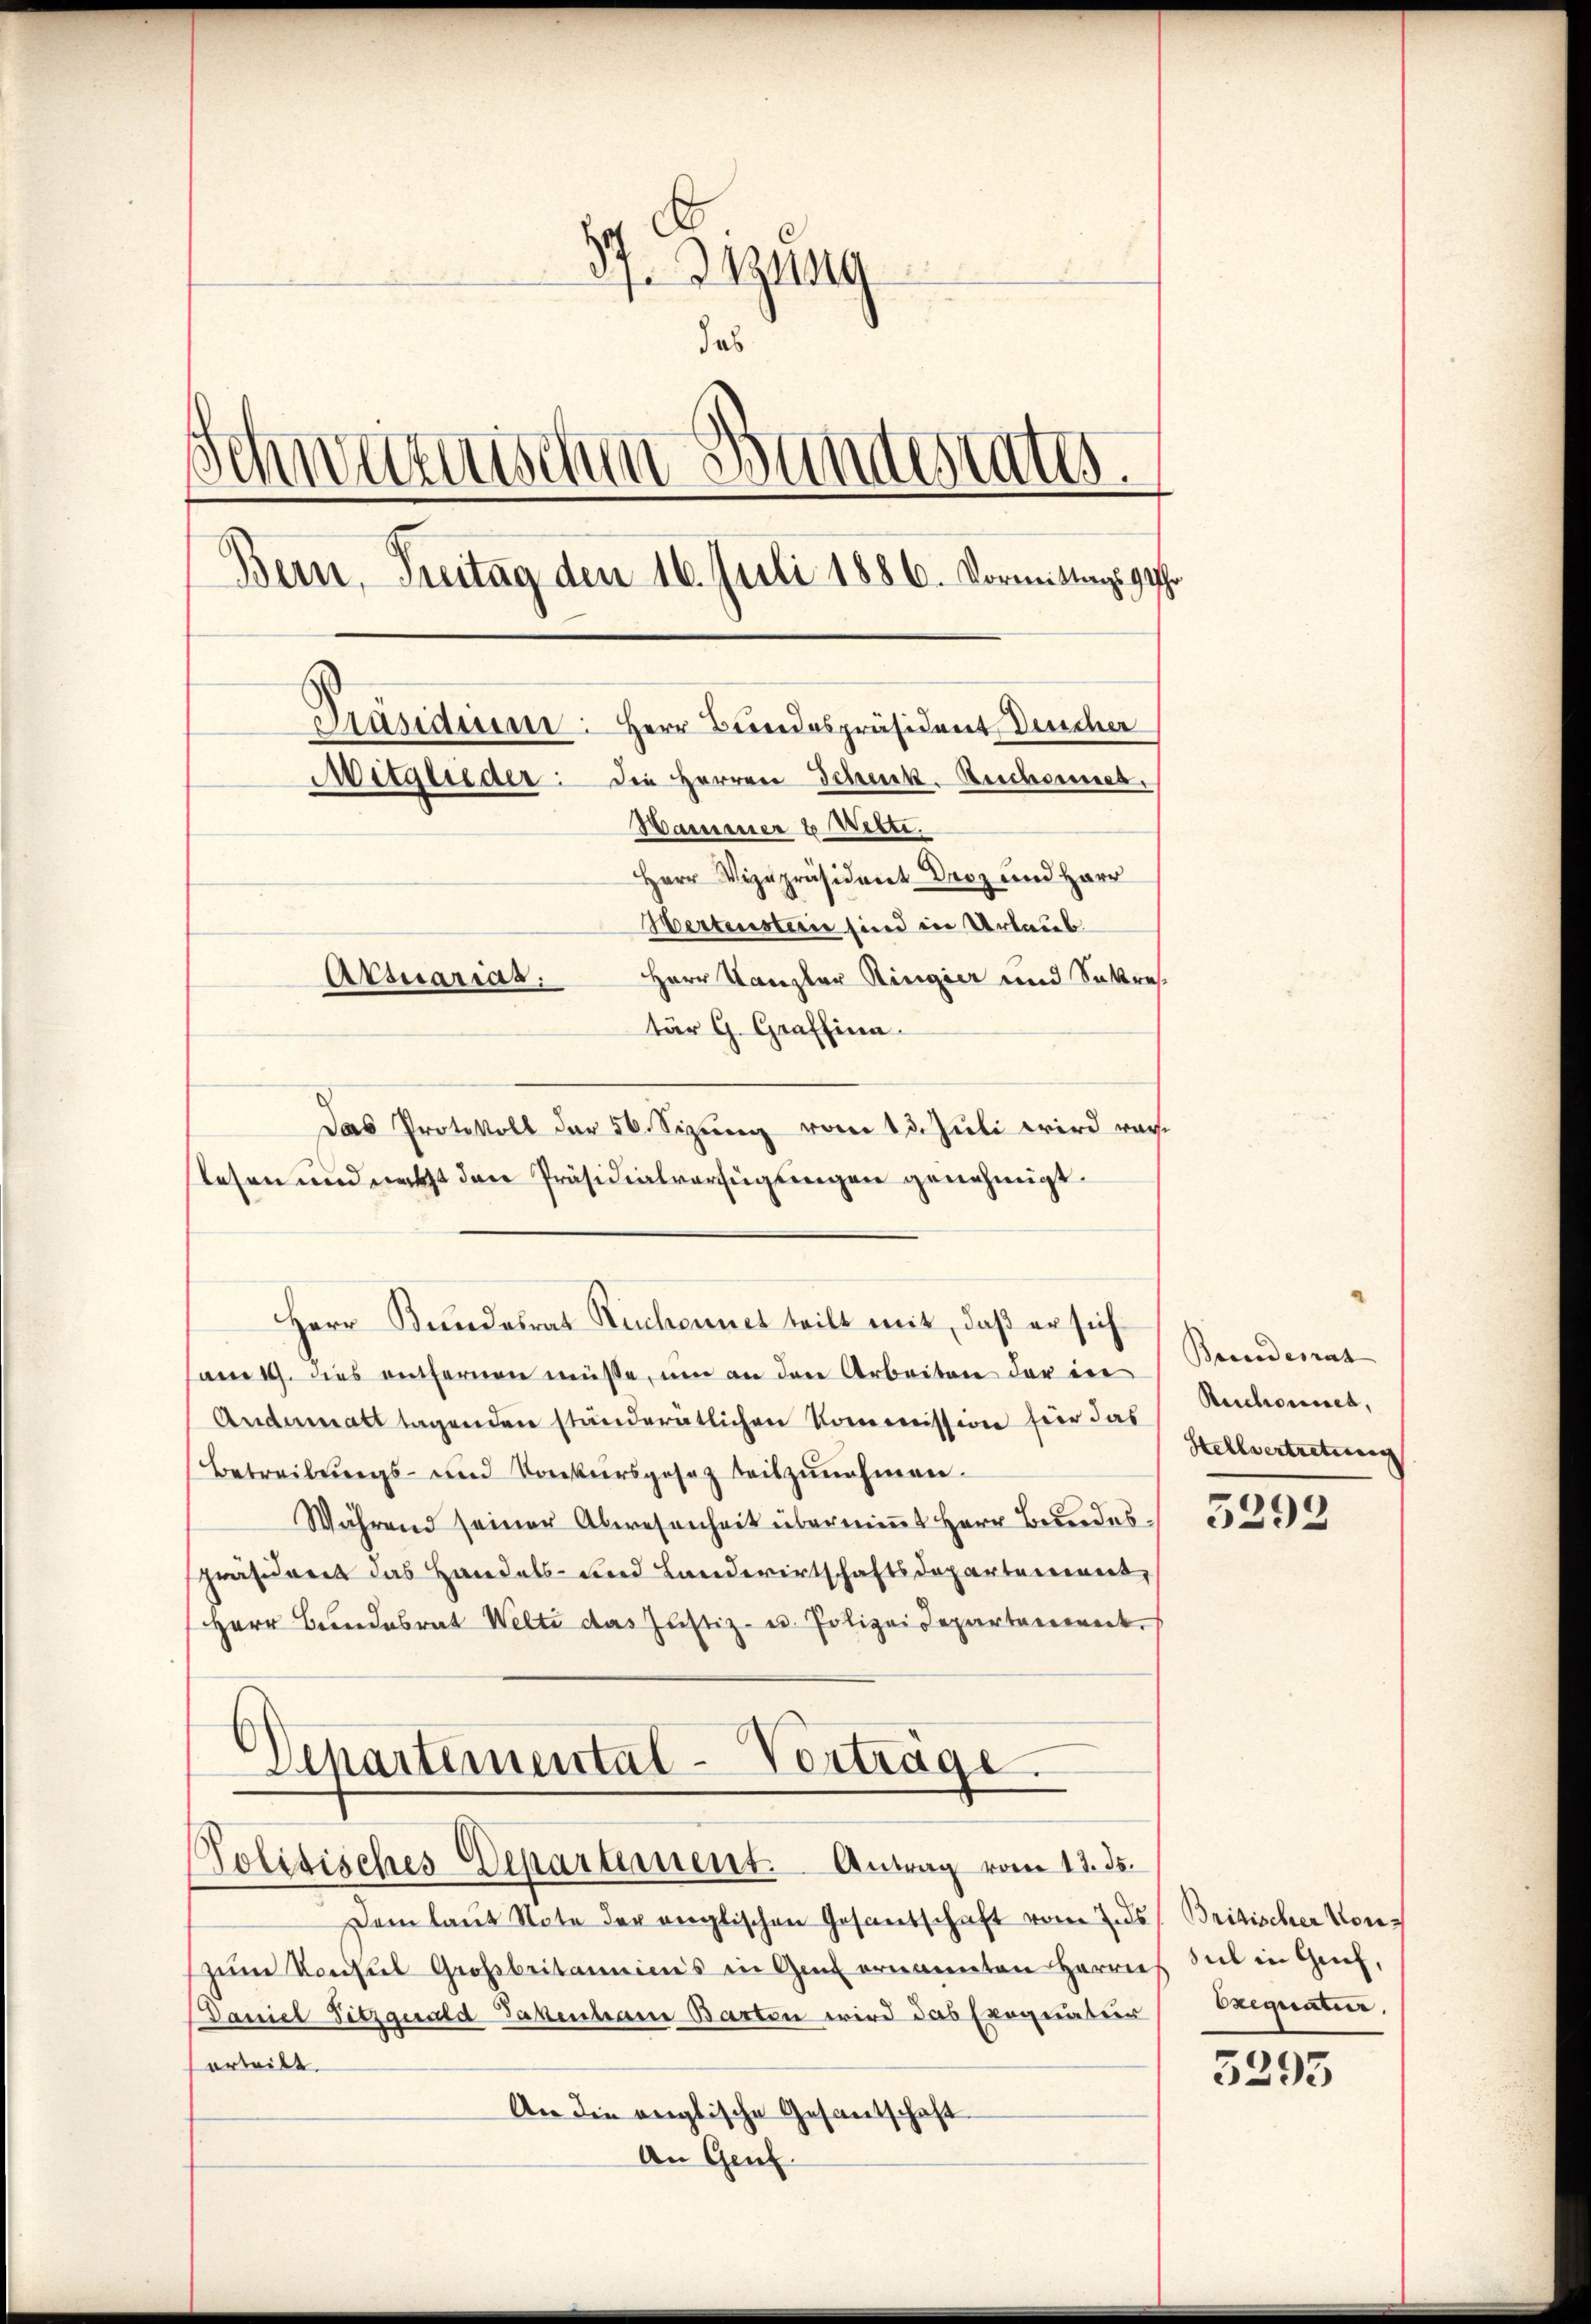
7. Dezung
das
.
harnischen Bundestates.
Bern, Freitag den 16. Juli 1886. Vormittags 9 Uhr
Präsiden: Herr Bundespräsident Decher
Mitglieder: die Herren Schenk. Rechseeb
Hammener 6 Witti.
Herr Vizepräsident Droz und Herr
Wertenstein sind in Urlaub
Herr Kanzler Ringier und Sokres¬
Attuarias.
tär G. Graffina

lesen und nacht den Präsidialverfügungen genehmigt.
Herr Bundesrat Ruchonnet teilt mit, daβ er sich
am 19. dies entfernen müsse, um an den Arbeiten der in
Andermatt tagenden ständeratlichen Kommission für das
Betreibŭngs- und Konkursgesetz beizŭnehmen.
Während seiner Abwesenheit überniṁt Herr Beredespräsident das Handels- und Landwirtschaftsdepartement,
Herr Bundesrat Welti das Justiz- u. Polizeidepartement
Aepartemental-Vertrage
e
Tolidisches Departement. Antrag vom 11. ds.
Dem laut Note der englischen Gesantschaft vom 7. ds
zŭm Konsul Großbritannini's in Genf ernannten Herrn
Baniel Titrauala Takenhaue Barton wird das Exequatur
erteilt.
An die englische Gesantschaft
An Genf.

Das Protokoll der 56. Sizung vom 13. Juli wird ver¬

Bundesrat
Reichwornes,
Hellvertretung

5292

5295

Britischer Vorz
seil in Grief,
Oxequatur.